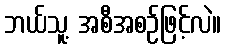
ဘယ်သူ့ အစီအစဉ်ဖြင့်လဲ။